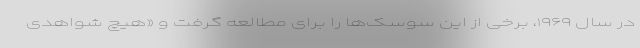
در سال ۱۹۶۹، برخی از این سوسک‌ها را برای مطالعه گرفت و «هیچ شواهدی